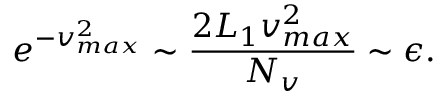
e ^ { - v _ { m a x } ^ { 2 } } \sim \frac { 2 L _ { 1 } v _ { m a x } ^ { 2 } } { N _ { v } } \sim \epsilon .